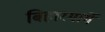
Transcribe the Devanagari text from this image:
बिहारमार्गे